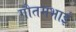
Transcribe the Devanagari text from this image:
गौतमभाई